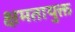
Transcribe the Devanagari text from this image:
क्षमतायुक्त